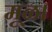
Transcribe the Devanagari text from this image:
मूळ।